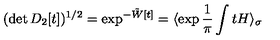
( \det D _ { 2 } [ t ] ) ^ { 1 / 2 } = \exp ^ { - \tilde { W } [ t ] } = \langle \exp \frac { 1 } { \pi } \int t H \rangle _ { \sigma }